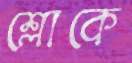
শ্লোকে